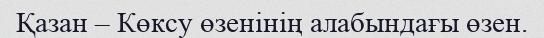
Қазан – Көксу өзенінің алабындағы өзен.